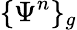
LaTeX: \{ \Psi^{n}\} _{g}